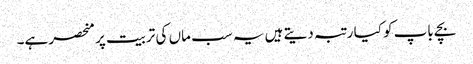
بچے باپ کو کیا رتبہ دیتے ہیں یہ سب ماں کی تربیت پر منحصر ہے۔